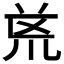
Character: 𭅟